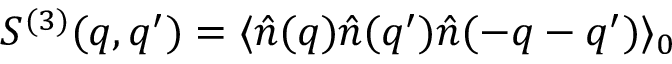
S ^ { ( 3 ) } ( \boldsymbol { q } , \boldsymbol { q } ^ { \prime } ) = \langle \hat { n } ( \boldsymbol { q } ) \hat { n } ( \boldsymbol { q } ^ { \prime } ) \hat { n } ( - \boldsymbol { q } - \boldsymbol { q } ^ { \prime } ) \rangle _ { 0 }